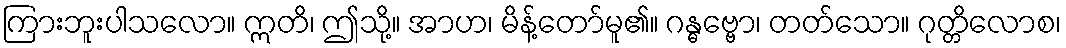
ကြားဘူးပါသလော။ ဣတိ၊ ဤသို့။ အာဟ၊ မိန့်တော်မူ၏။ ဂန္ဓဗ္ဗော၊ တတ်သော။ ဂုတ္တိလောစ၊